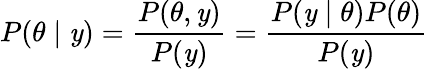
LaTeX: P(\theta\mid\mathit{y})={\frac{{P(\theta,\mathit{y})}}{{P(\mathit{y})}}}={\frac{{P(\mathit{y}\mid\theta)P(\theta)}}{{P(\mathit{y})}}}